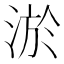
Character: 淤